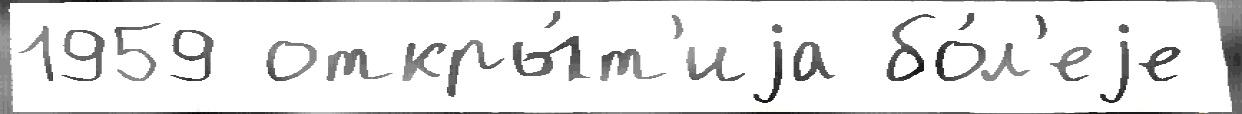
1959 откры́т'иjа бо́л'еjе